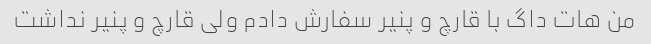
من هات داگ با قارچ و پنیر سفارش دادم ولی قارچ و پنیر نداشت